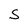
Character: S